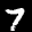
Label: 7